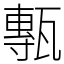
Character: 甎